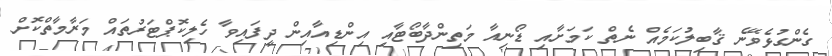
ގެންގުޅެވޭނެ ޤާބިލުކަމެއް ނެތް ކަމަށާއި ޑޯނިއާ މަތިންދާބޯޓާއި އިންޑިއާއިން ދީފައިވާ ހެލިކޮޕްޓަރުތައް މަރާމާތްކޮށް